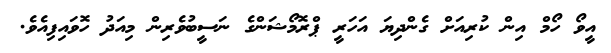
އީވޯ ހޯމް އިން ކުރިއަށް ގެންދިޔަ އަހަރީ ޕްރޮމޯޝަންގެ ނަސީބުވެރިން މިއަދު ހޮވައިފިއެވެ.